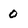
Character: 0